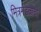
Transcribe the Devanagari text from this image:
मित्रमंडळाची